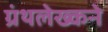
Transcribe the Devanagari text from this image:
ग्रंथलेख्कने